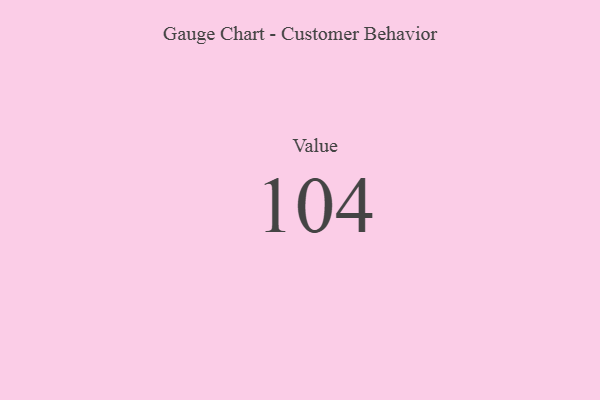
{"axis": {"x": "Metric", "y": "Value"}, "legend": [""], "data": [{"x": "Value", "y": 104, "type": ""}]}